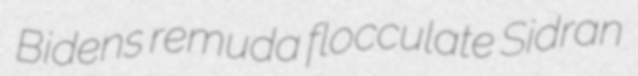
Bidens remuda flocculate Sidran